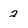
Character: 2